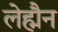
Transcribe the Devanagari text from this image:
लेह्मैन